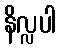
နိလ္လပါ